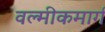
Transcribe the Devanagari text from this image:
वल्मीकमार्ग